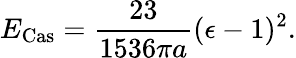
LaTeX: E_{\mathrm{Cas}}={\frac{23}{1536\pi a}}(\epsilon-1)^{2}.